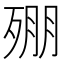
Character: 𣨥